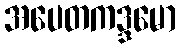
အပေတကဒ္ဒမော